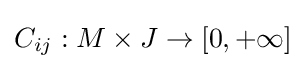
C_{ij}:M\times J\to [0,+\infty ]